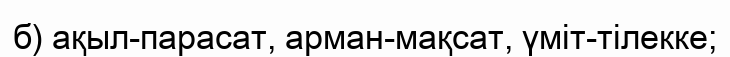
б) ақыл-парасат, арман-мақсат, үміт-тілекке;